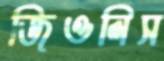
জিওলিস